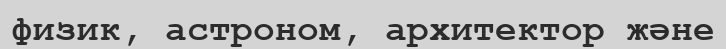
физик, астроном, архитектор және